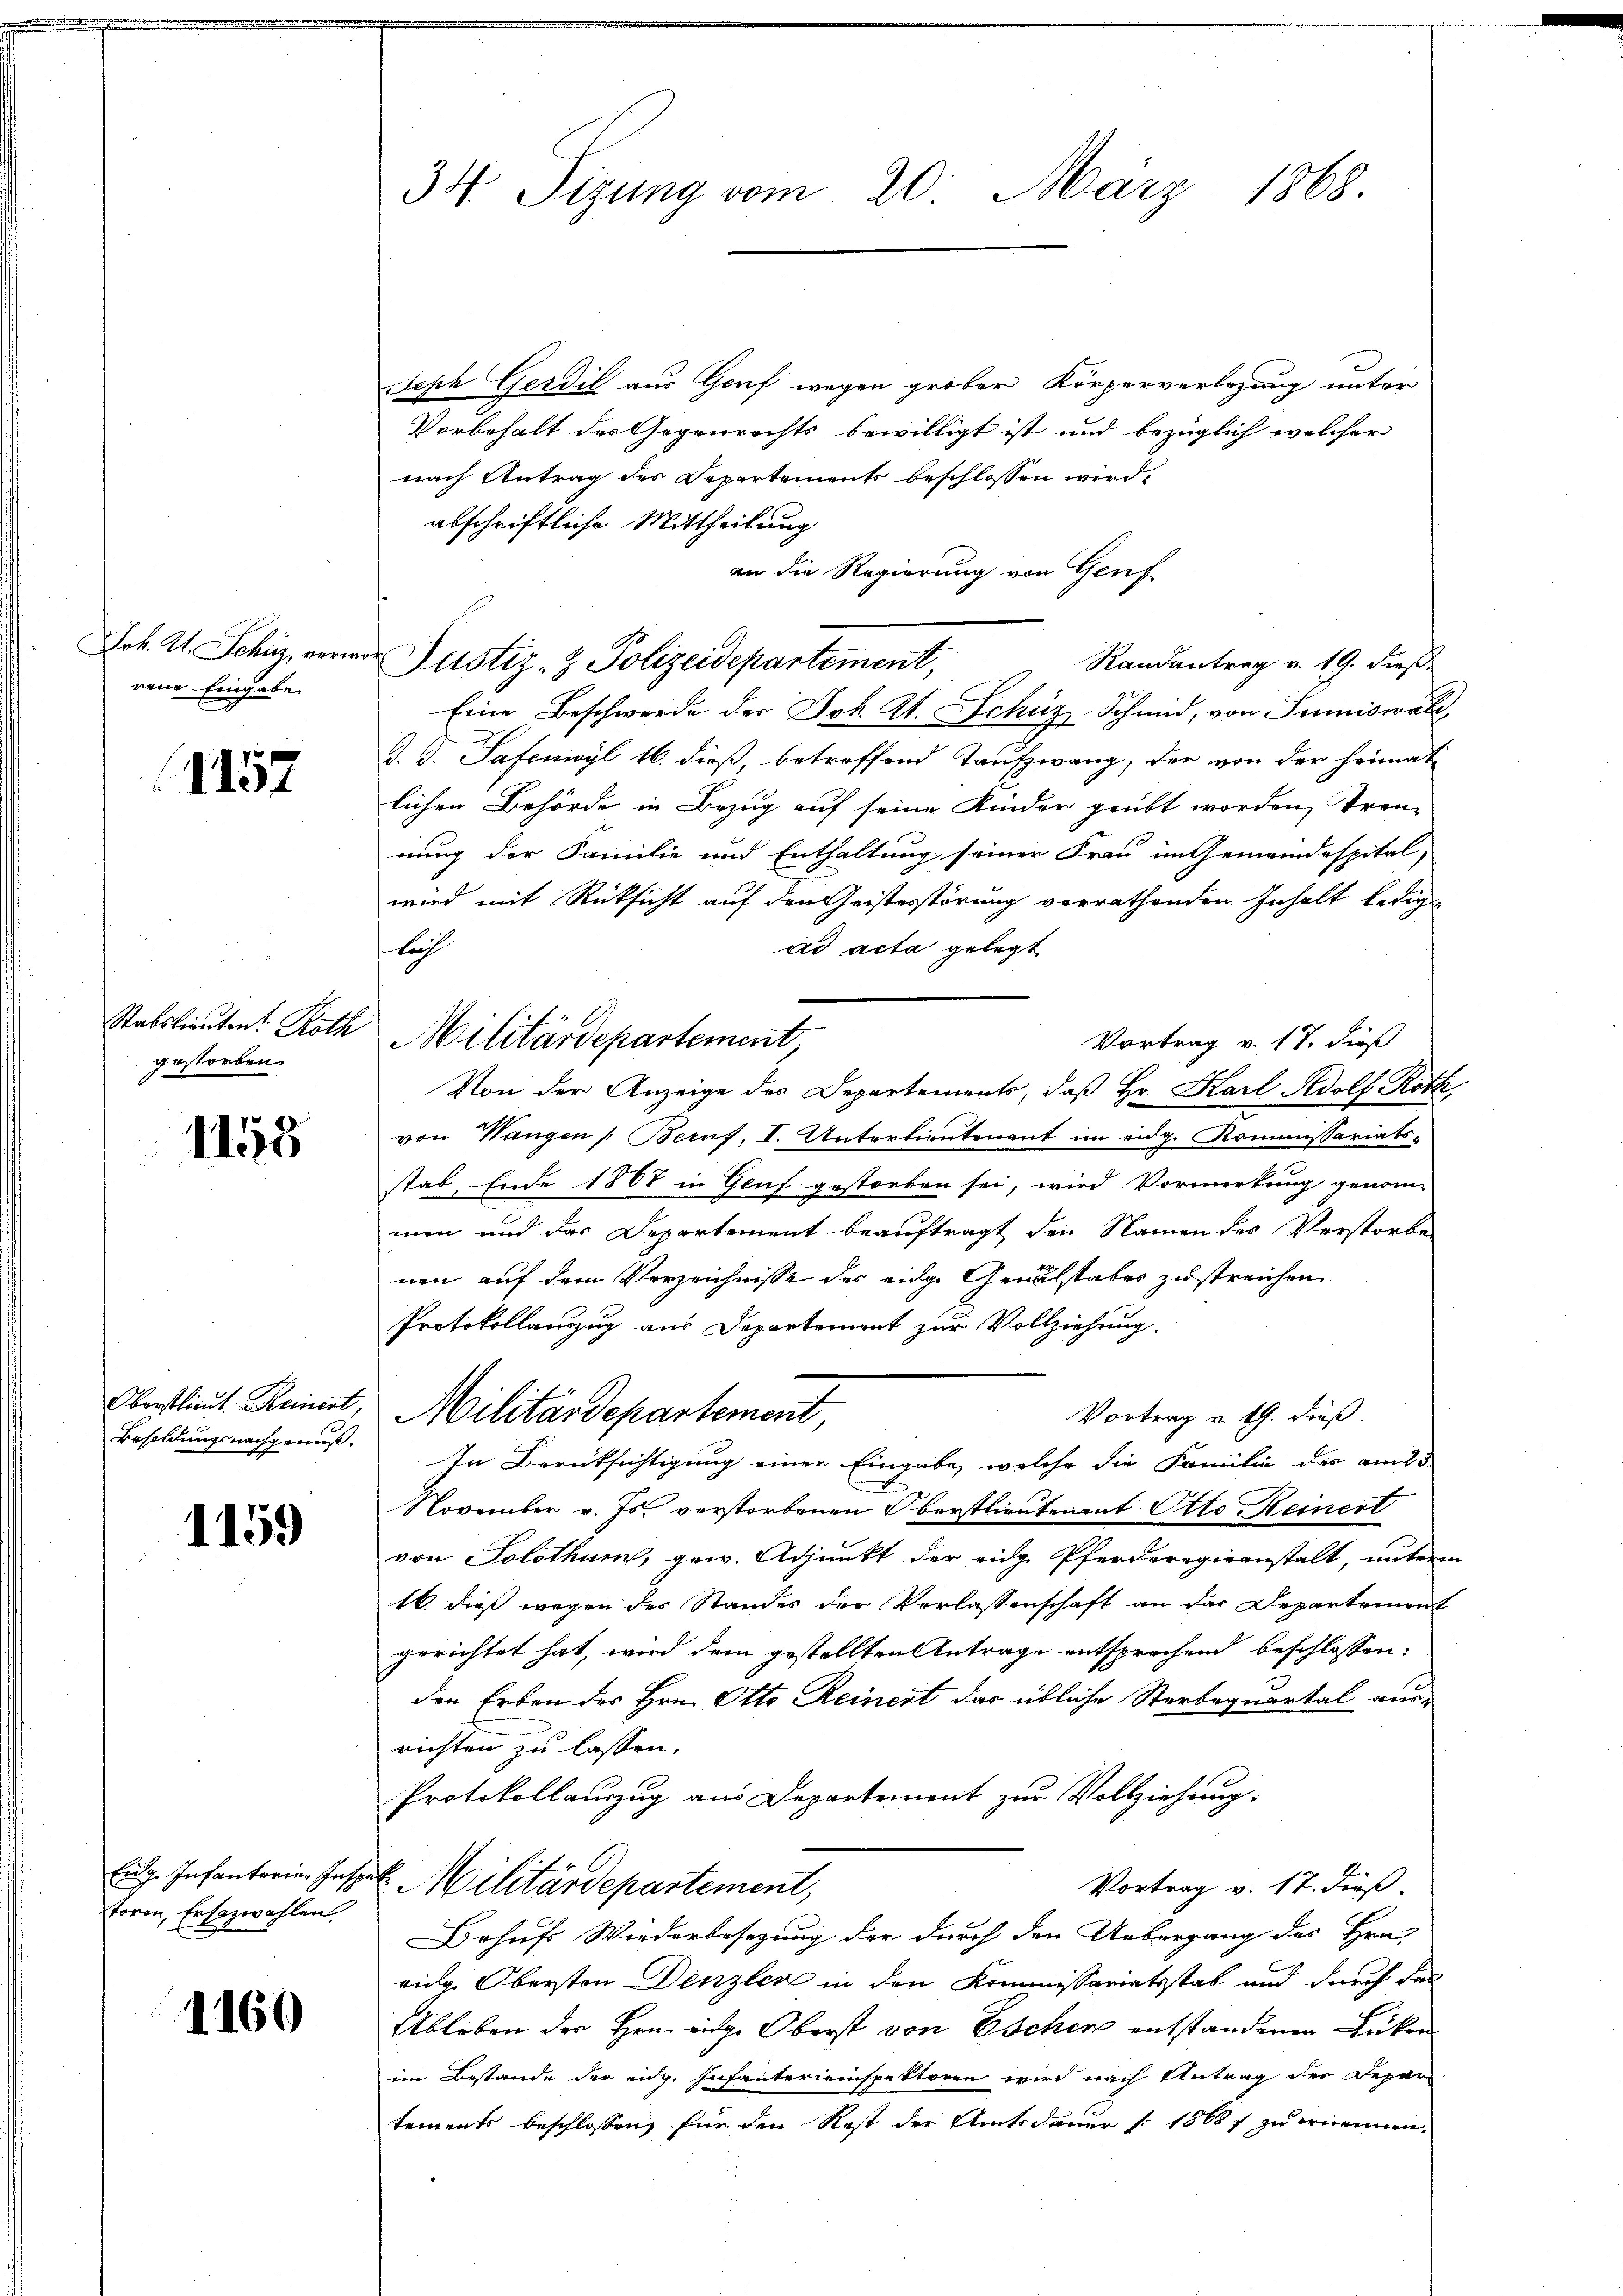
Joh. Kt. Schüz, verm
rene Eingabe

1157

Stabslieuten. Roth
gestorben.

1155

Oberstlieut. Keinert,
Besoldungsnachgenuß.

1159

Eidg. Infanterien Insp
horon, Ersezwahlen.

1160

34. Sizung vom 20. März 1868.

Seph Gerdil aus Genf wegen grober Körperverlegung unter
Vorbehalt des Gegenrechts bewilligt ist und bezüglich welcher
nach Antrag des Departements beschlossen wird,
abschriftliche Mittheilung
an die Regierung von Genf
Randantrag v. 19. dieß
Eine Beschwerde der Joh. A. Schüz-Schmid, von Juniswald. G. Safenwyl 16. dieß, betreffend Taufzwang, der von der heimat
lichen Behörde in Bezug auf seine Kinder geübt worden, Tren-
nung der Familie und Enthaltung seiner Frau im Gemeindespital,
wird mit Rücksicht auf den Geistesstörung verrathenden Inhalt ledig
ad acta gelegt
luch
Vortrag v. 17. dieß
Von der Anzeige des Departements, daß Hr. Karl Adolf Roth
von Wangen /: Beruf, I. Unterlieutenant im eidg. Kommissariatsstab. Ende 1888 in Genf gestorben sei, wird Vormerkung genom-
men und das Departement beauftragt den Namen des Verstorbe
nen auf dem Verzeichnisse des eidge Genalstabes zustreichen
Protokollanzug aus Departement zur Vollziehung.
Militärdepartement,
Vortrag u. 19. dieß.
In Berüksichtigung einer Eingabe, welche die Familie des amt
November v. Js. verstorbenen Oberstlieutenant Otto Keinert
von Solothur, gew. Adjunkt der eidg. Pferderegieanstalt, unterm
16. dieß wegen des Standes der Verlassenschaft an das Departement
gerichtet hat, wird dem gestellten Antrage entsprechend beschlossen:
den Erben des Hrn. Otto Reinert das übliche Sterbequartal ausrichten zu lassen.
Protokollauszug aus Departement zur Vollziehung.
Vortrag v. 17. dieß
a Militärdepartement,
Behufs Wiederbesezung der durch den Uebergang des Hrn.
vidg. Obersten Denzler in den Kommissariatsstab und durch das
Ableben der Hrn. eige Oberst von Eschen entstandenen Lücken
im Bestande der eidg. Infanterieinspektoren wird nach Antrag der Depar
tements beschlossen, für den Rest der Amtsdauer [1868 f zu ernennen,

Militärdepartement

Justiz- & Polizeidepartement,